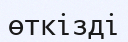
өткізді